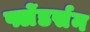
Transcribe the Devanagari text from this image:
फ्लेंडर्सन